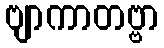
ဗျာကာတဗ္ဗာ